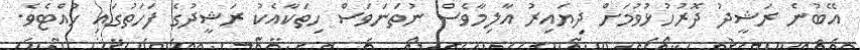
އޭބުނެ ރަޝީދު ދޮރުހުޅުވުމަށް ދިޔައިރު އާލިމާވެސް ނުތަނަވަސް ހިތަކާއެކު ރަޝީދުގެ ފަހަތުގައި ހުއްޓެވެ.